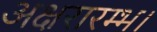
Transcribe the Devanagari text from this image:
अक्षरारम्भ।